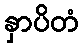
နှာပိတံ